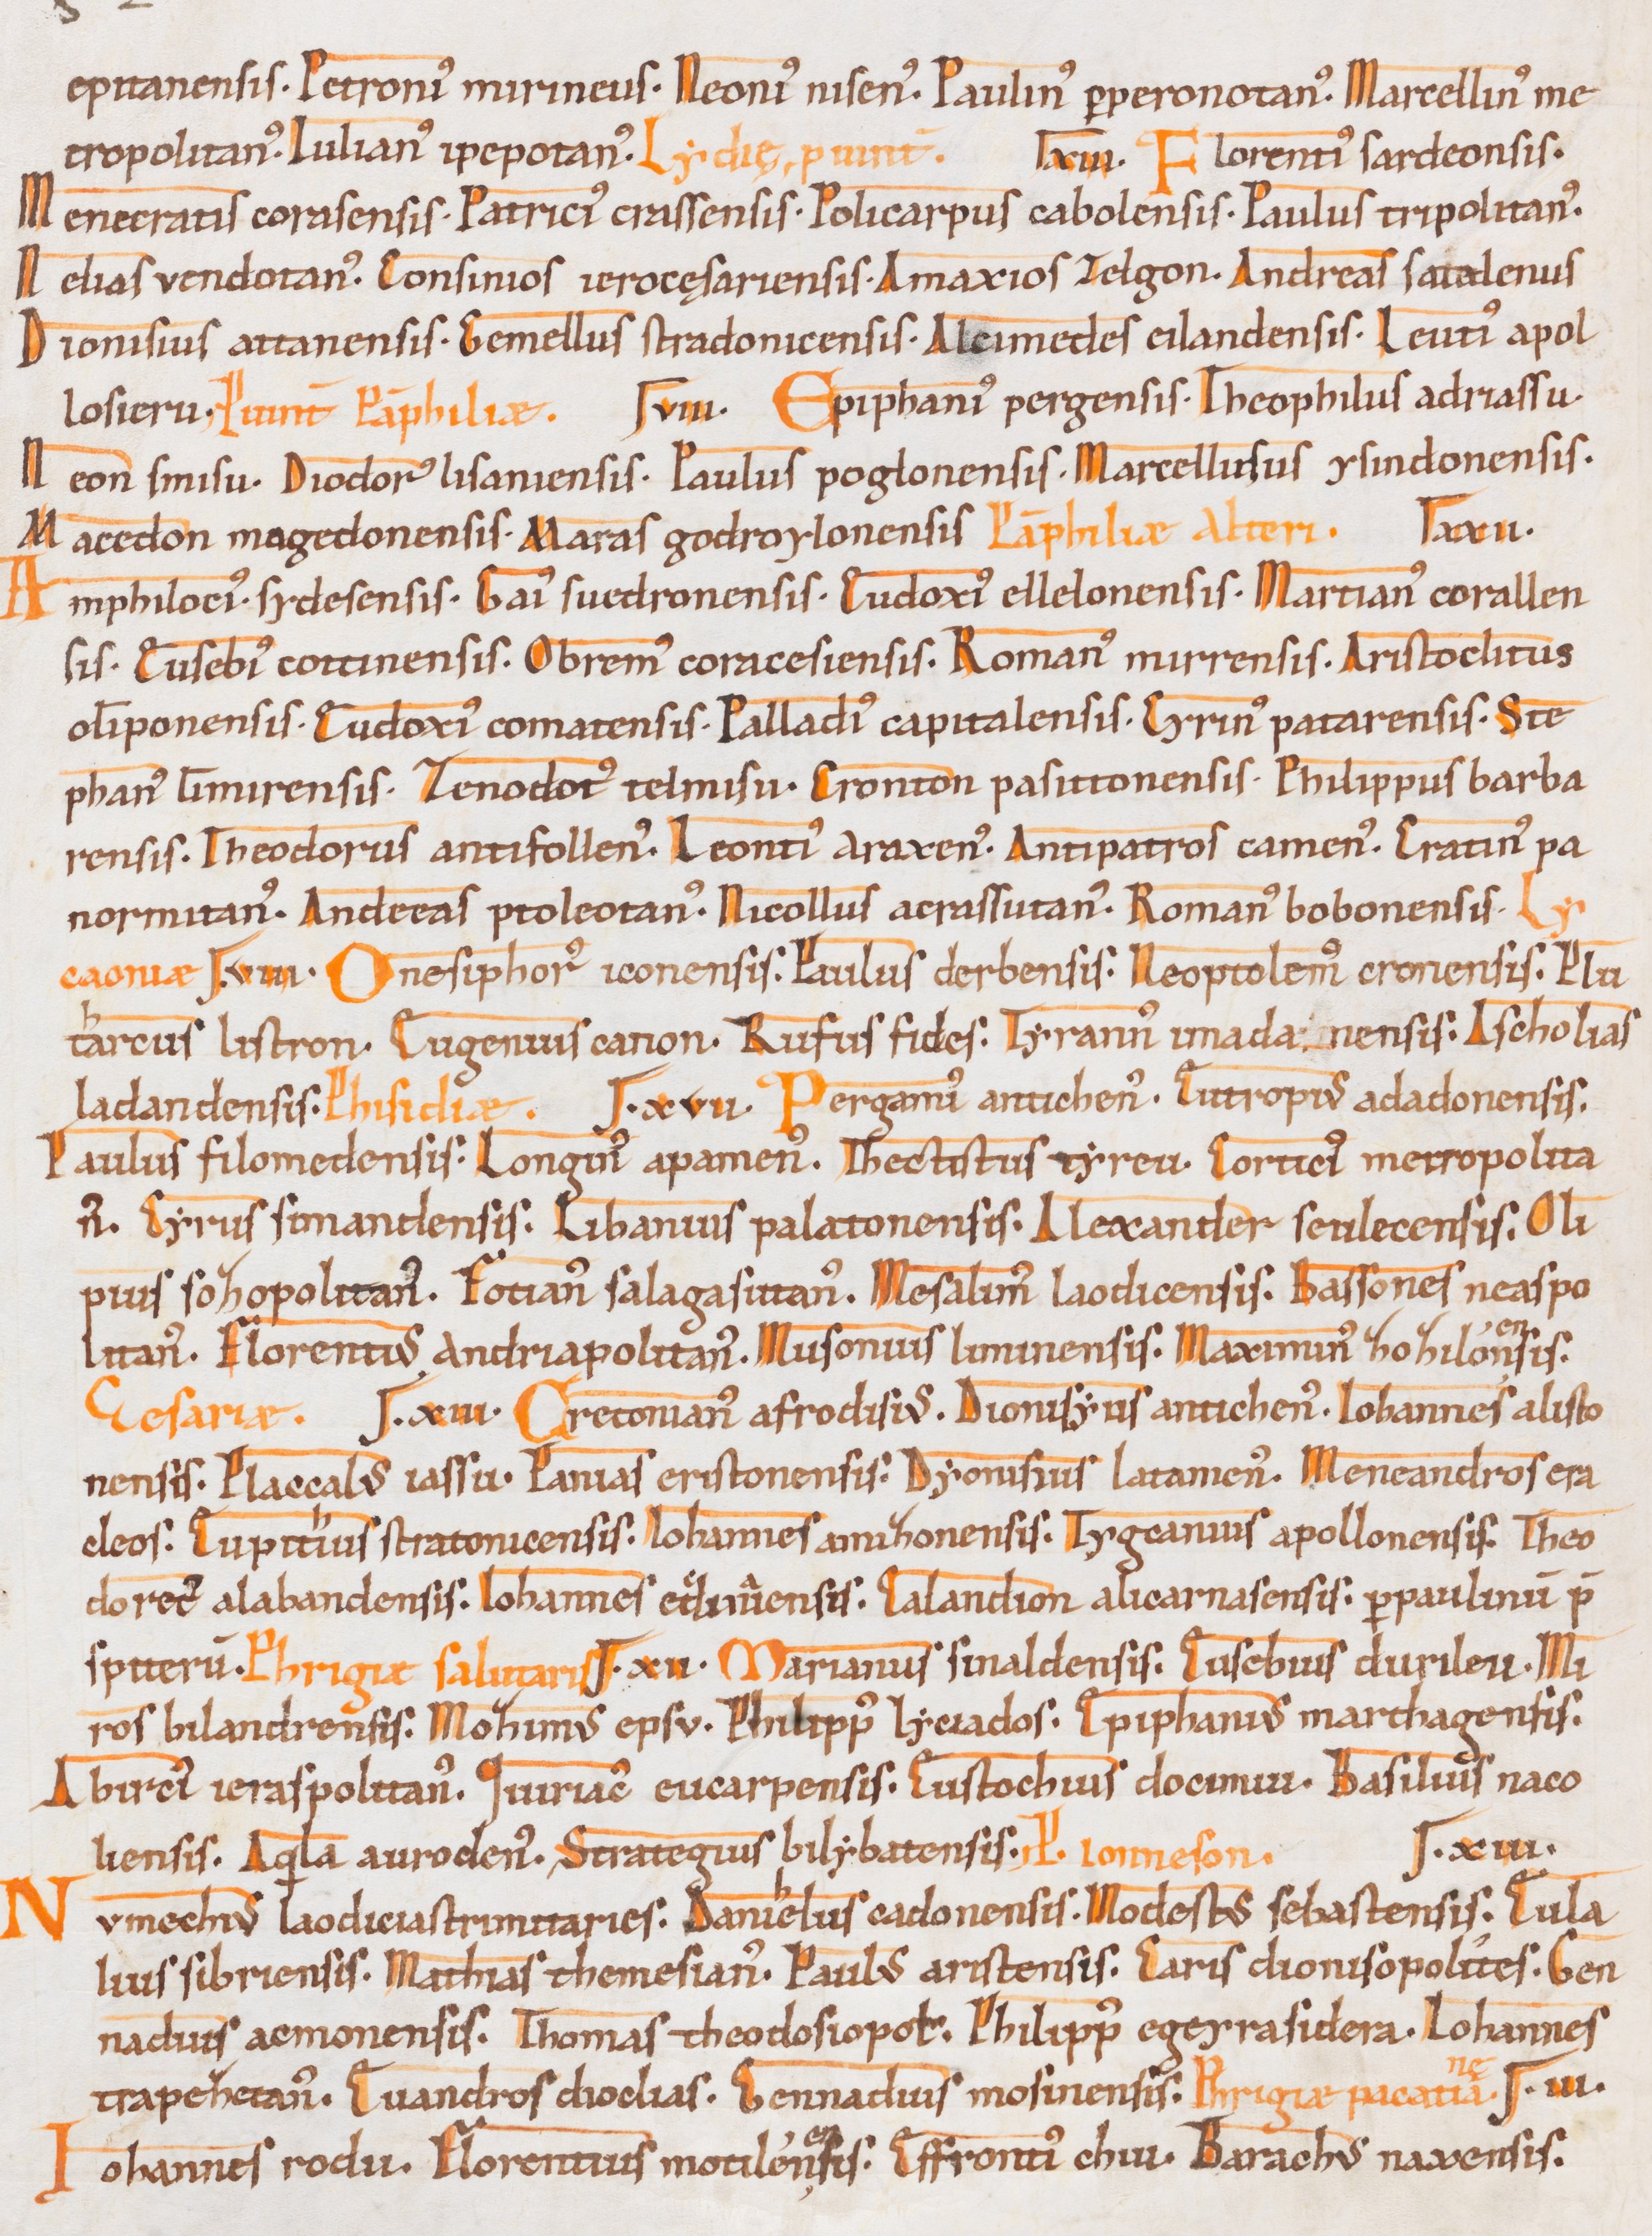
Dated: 1000–1199